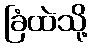
ခြံထဲသို့